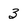
Character: 3